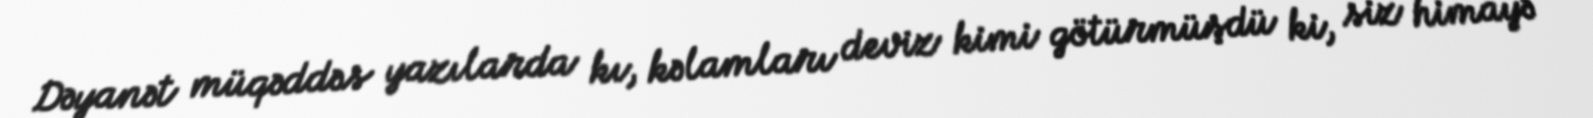
Dəyanət müqəddəs yazılarda kı, kəlamları deviz kimi götürmüşdü ki, siz himayə